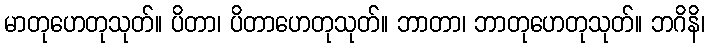
မာတုဟေတုသုတ်။ ပိတာ၊ ပိတာဟေတုသုတ်။ ဘာတာ၊ ဘာတုဟေတုသုတ်။ ဘဂိနိ၊